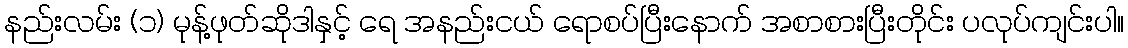
နည်းလမ်း (၁) မုန့်ဖုတ်ဆိုဒါနှင့် ရေ အနည်းငယ် ရောစပ်ပြီးနောက် အစာစားပြီးတိုင်း ပလုပ်ကျင်းပါ။